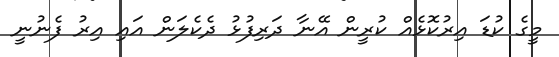
މީގެ ކުޑަ އިރުކޮޅެއް ކުރީން އޭނާ ދަރިފުޅު ދެކެލަން އައި އިރު ފެނުނީ